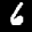
Label: 6